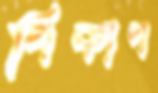
পিকাপ